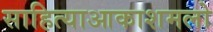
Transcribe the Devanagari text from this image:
साहित्याआकाशमलो